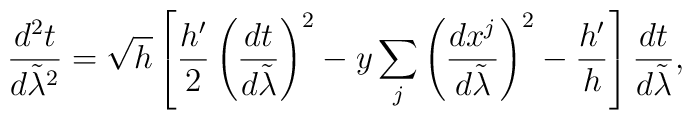
{{d^2t}\over{d\tilde{\lambda}^2}}=\sqrt{h}\left[{h^{\prime}\over 2}\left({{dt}\over{d\tilde{\lambda}}}\right)^2-y\sum_j\left({{dx^j}\over{d\tilde{\lambda}}}\right)^2-{h^{\prime}\over{h}}\right]{{dt}\over{d\tilde{\lambda}}},